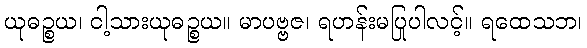
ယုဓဉ္စယ၊ ငါ့သားယုဓဉ္စယ။ မာပဗ္ဗဇ၊ ရဟန်းမပြုပါလင့်။ ရထေသဘ၊